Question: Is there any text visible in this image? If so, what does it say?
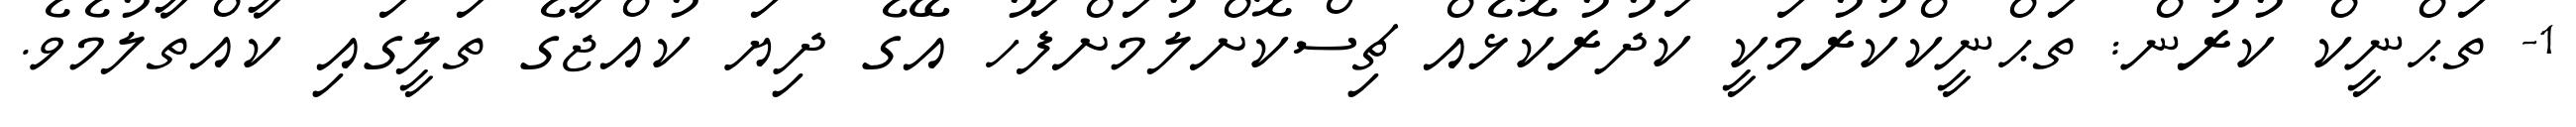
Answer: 1- ތަޙްނީކް ކުރުން: ތަޙްނީކްކުރުމަކީ ކަދުރުކޮޅެއް ޗިސްކޮށްލުމަށްފަހު އޭގެ ދިޔަ ކުއްޖާގެ ތަލީގައި ކާއްތާލުމެވެ.